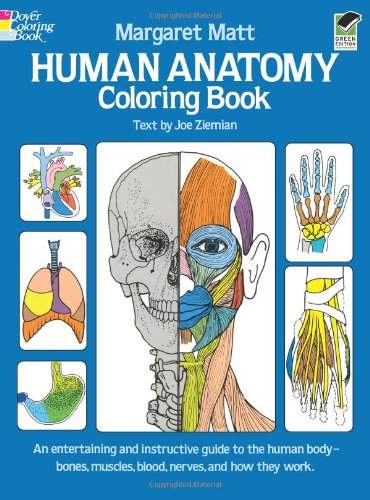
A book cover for Human Anatomy Coloring Book (Dover Children's Science Books); Margaret Matt; Crafts, Hobbies & Home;